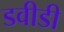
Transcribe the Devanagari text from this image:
डवीडी